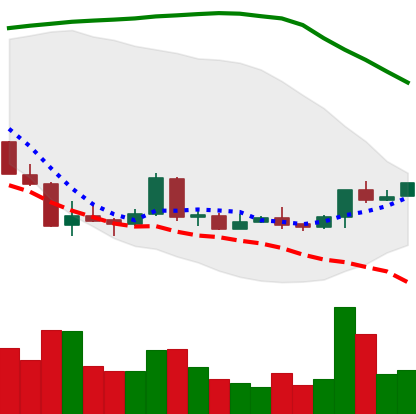
Ticker: LTC-USD
Chart end date: 2018-04-15
Forward return: 17.791%
Label: up_7plus